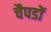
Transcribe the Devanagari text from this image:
चैपडों